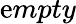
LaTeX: \mathrm{e}mpty